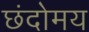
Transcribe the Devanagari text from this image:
छंदोमय